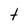
Character: t